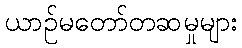
ယာဉ်မတော်တဆမှုများ